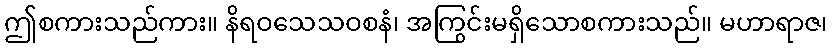
ဤစကားသည်ကား။ နိရဝသေသဝစနံ၊ အကြွင်းမရှိသောစကားသည်။ မဟာရာဇ၊